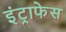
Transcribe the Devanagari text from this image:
इंट्राफेस